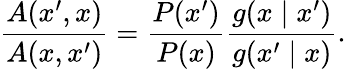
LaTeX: {\frac{A(x^{\prime},x)}{A(x,x^{\prime})}}={\frac{P(x^{\prime})}{P(x)}}{\frac{g(x\mid x^{\prime})}{g(x^{\prime}\mid x)}}.